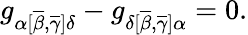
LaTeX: g_{\alpha[\overline{{{\beta}}},\overline{{{\gamma}}}]\delta}-g_{\delta[\overline{{{\beta}}},\overline{{{\gamma}}}]\alpha}=0.